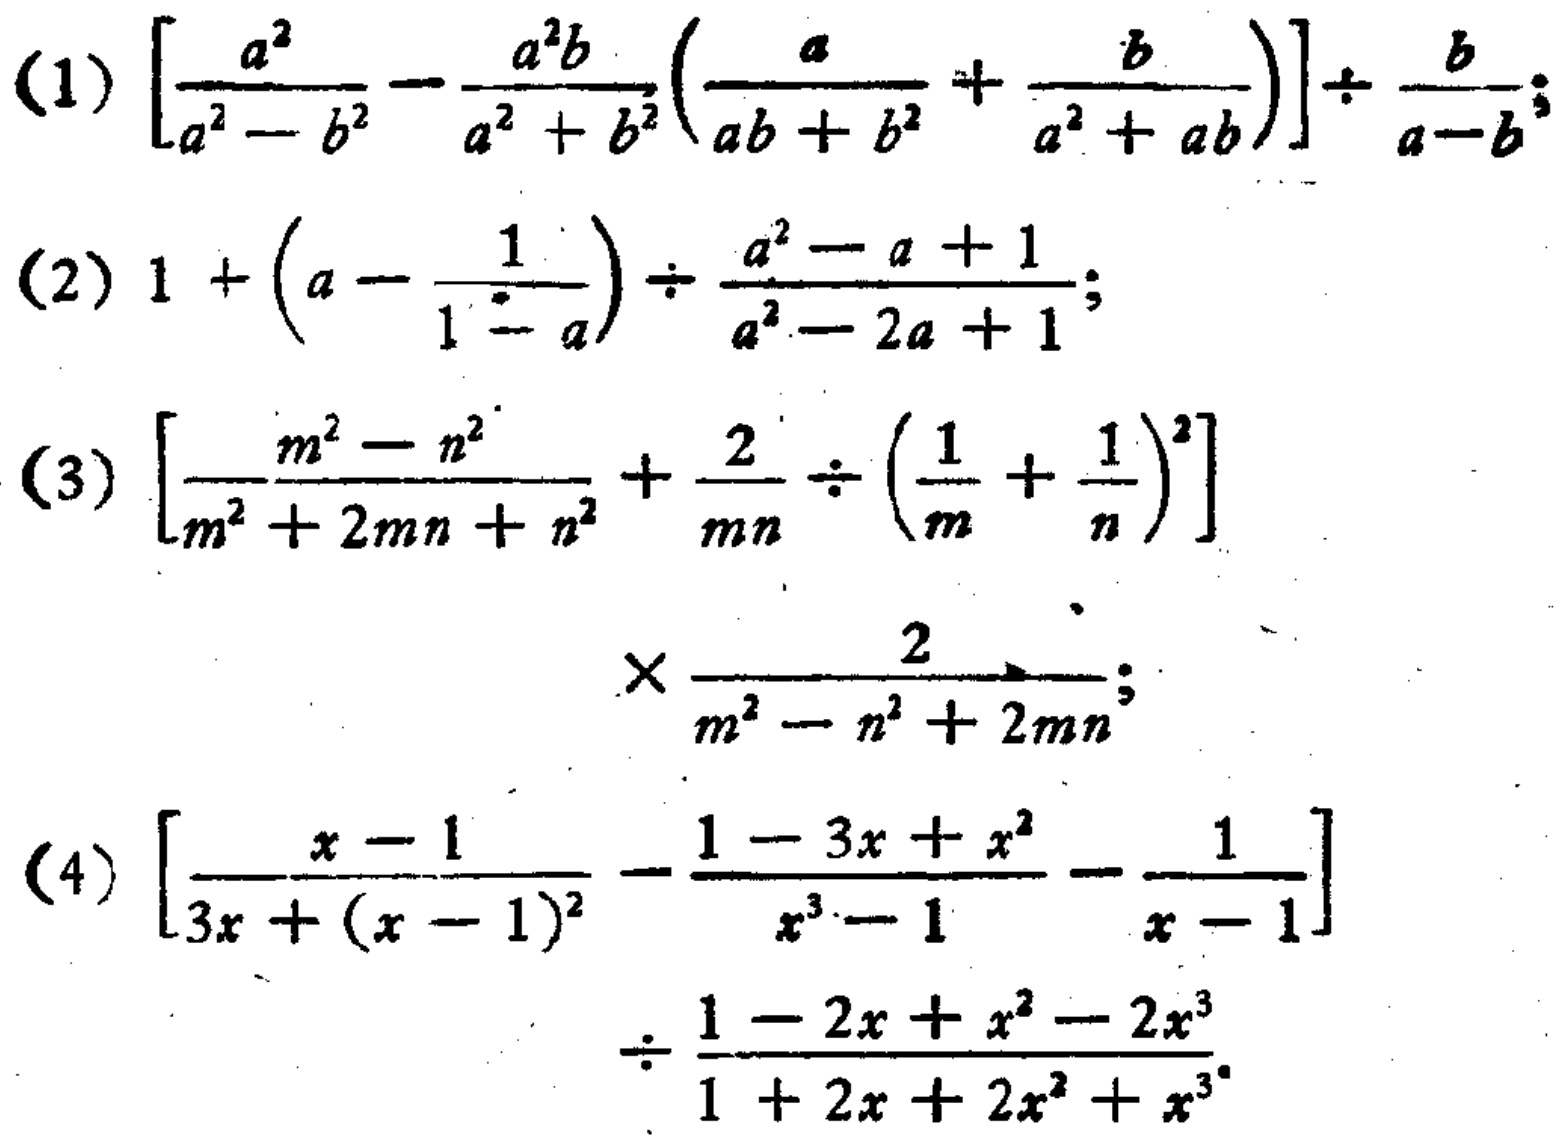
(1) \(\left[\frac{a^{2}}{a^{2}-b^{2}}-\frac{a^{2}b}{a^{2}+b^{2}}\left(\frac{a}{ab + b^{2}}+\frac{b}{a^{2}+ab}\right)\right]\div\frac{b}{a - b}\);

(2) \(1+\left(a-\frac{1}{1 - a}\right)\div\frac{a^{2}-a + 1}{a^{2}-2a + 1}\);

(3) \(\left[\frac{m^{2}-n^{2}}{m^{2}+2mn + n^{2}}+\frac{2}{mn}\div\left(\frac{1}{m}+\frac{1}{n}\right)^{2}\right]\times\frac{2}{m^{2}-n^{2}+2mn}\);

(4) \(\left[\frac{x - 1}{3x+(x - 1)^{2}}-\frac{1 - 3x+x^{2}}{x^{3}-1}-\frac{1}{x - 1}\right]\div\frac{1 - 2x+x^{2}-2x^{3}}{1 + 2x+2x^{2}+x^{3}}\)